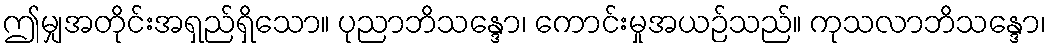
ဤမျှအတိုင်းအရှည်ရှိသော။ ပုညာဘိသန္ဒော၊ ကောင်းမှုအယဉ်သည်။ ကုသလာဘိသန္ဒော၊